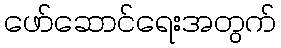
ဖော်ဆောင်ရေးအတွက်